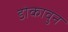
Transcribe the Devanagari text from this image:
डोकावुन